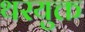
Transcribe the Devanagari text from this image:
थरयुक्त